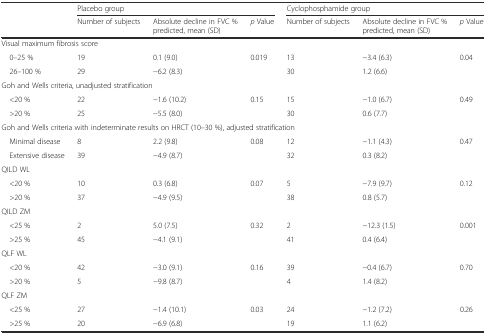
|  | <COLSPAN=3> Placebo group | <COLSPAN=3> Cyclophosphamide group |
 |  | Number of subjects | Absolute decline in FVC % predicted, mean (SD) | p Value | Number of subjects | Absolute decline in FVC % predicted, mean (SD) | p Value |
 | --- | --- | --- | --- | --- | --- | --- |
 | <COLSPAN=7> Visual maximum fibrosis score |
 | 0–25 % | 19 | 0.1 (9.0) | <ROWSPAN=2> 0.019 | 13 | −3.4 (6.3) | <ROWSPAN=2> 0.04 |
 | 26–100 % | 29 | −6.2 (8.3) | 30 | 1.2 (6.6) |
 | <COLSPAN=7> Goh and Wells criteria, unadjusted stratification |
 | <20 % | 22 | −1.6 (10.2) | <ROWSPAN=2> 0.15 | 15 | −1.0 (6.7) | 0.49 |
 | >20 % | 25 | −5.5 (8.0) | 30 | 0.6 (7.7) |  |
 | <COLSPAN=7> Goh and Wells criteria with indeterminate results on HRCT (10–30 %), adjusted stratification |
 | Minimal disease | 8 | 2.2 (9.8) | <ROWSPAN=2> 0.08 | 12 | −1.1 (4.3) | <ROWSPAN=2> 0.47 |
 | Extensive disease | 39 | −4.9 (8.7) | 32 | 0.3 (8.2) |
 | <COLSPAN=7> QILD WL |
 | <20 % | 10 | 0.3 (6.8) | 0.07 | 5 | −7.9 (9.7) | 0.12 |
 | >20 % | 37 | −4.9 (9.5) |  | 38 | 0.8 (5.7) |  |
 | <COLSPAN=7> QILD ZM |
 | <25 % | 2 | 5.0 (7.5) | <ROWSPAN=2> 0.32 | 2 | −12.3 (1.5) | <ROWSPAN=2> 0.001 |
 | >25 % | 45 | −4.1 (9.1) | 41 | 0.4 (6.4) |
 | <COLSPAN=7> QLF WL |
 | <20 % | 42 | −3.0 (9.1) | <ROWSPAN=2> 0.16 | 39 | −0.4 (6.7) | <ROWSPAN=2> 0.70 |
 | >20 % | 5 | −9.8 (8.7) | 4 | 1.4 (8.2) |
 | <COLSPAN=7> QLF ZM |
 | <25 % | 27 | −1.4 (10.1) | <ROWSPAN=2> 0.03 | 24 | −1.2 (7.2) | <ROWSPAN=2> 0.26 |
 | >25 % | 20 | −6.9 (6.8) | 19 | 1.1 (6.2) |